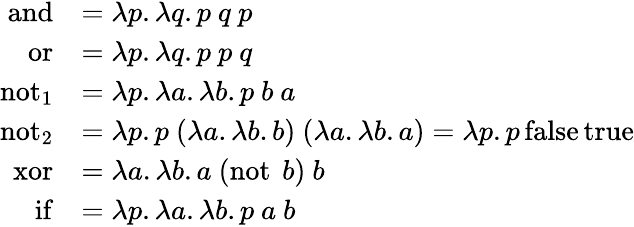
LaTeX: {\begin{array}{rl}{\operatorname{and}}&{=\lambda p.\lambda q.p\ q\ p}\\ {\operatorname{or}}&{=\lambda p.\lambda q.p\ p\ q}\\ {\operatorname{not}_{1}}&{=\lambda p.\lambda a.\lambda b.p\ b\ a}\\ {\operatorname{not}_{2}}&{=\lambda p.p\ (\lambda a.\lambda b.b)\ (\lambda a.\lambda b.a)=\lambda p.p\operatorname{false}\operatorname{true}}\\ {\operatorname{xor}}&{=\lambda a.\lambda b.a\ (\operatorname{not}\ b)\ b}\\ {\operatorname{if}}&{=\lambda p.\lambda a.\lambda b.p\ a\ b}\end{array}}